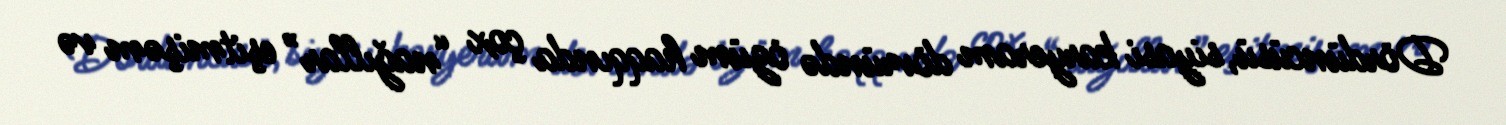
Dördüncüsü, siyasi karyeram dövründə özüm haqqında çox “nağıllar” eşitmişəm və